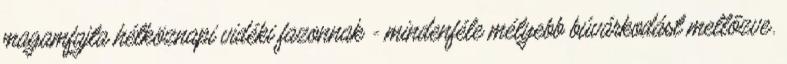
magamfajta hétköznapi vidéki fazonnak - mindenféle mélyebb búvárkodást mellőzve.